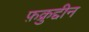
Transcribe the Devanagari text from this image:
फ़क्रुद्दीन